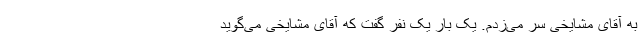
به آقای مشایخی سر می‌زدم. یک بار یک نفر گفت که آقای مشایخی می‌گوید